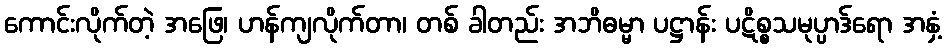
ကောင်းလိုက်တဲ့ အဖြေ၊ ဟန်ကျလိုက်တာ၊ တစ် ခါတည်း အဘိဓမ္မာ ပဋ္ဌာန်း ပဋိစ္စသမုပ္ပာဒ်ရော အနှံ့